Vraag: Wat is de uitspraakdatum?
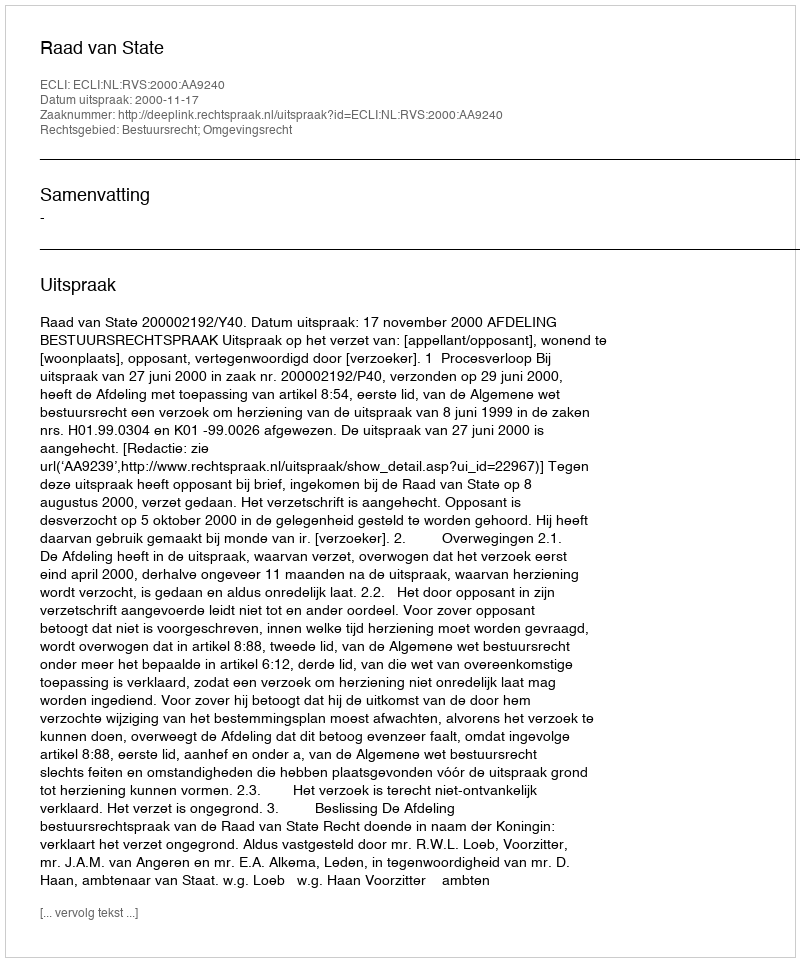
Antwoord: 2000-11-17